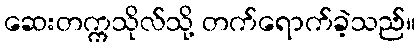
ဆေးတက္ကသိုလ်သို့ တက်ရောက်ခဲ့သည်။